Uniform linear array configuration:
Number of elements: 8
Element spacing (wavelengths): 0.25
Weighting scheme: uniform
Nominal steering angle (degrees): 45
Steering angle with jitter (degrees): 44.13
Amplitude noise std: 0.05
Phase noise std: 0.05

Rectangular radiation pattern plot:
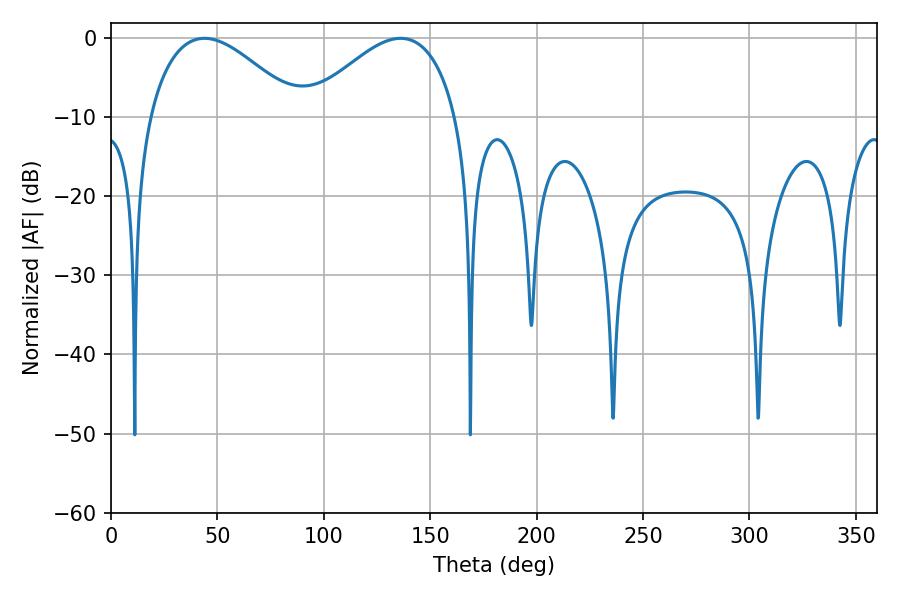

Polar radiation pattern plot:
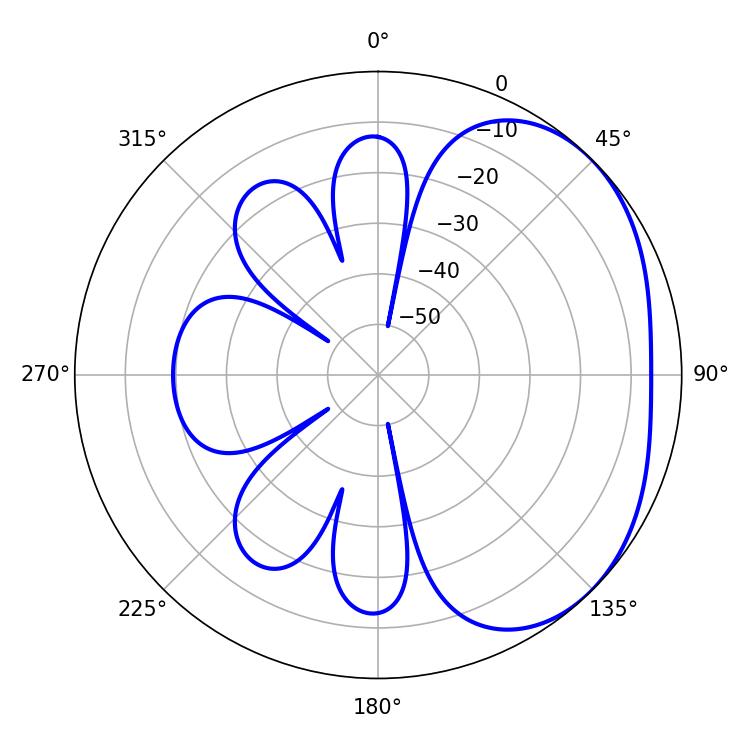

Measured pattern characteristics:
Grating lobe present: FALSE
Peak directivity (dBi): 2.77
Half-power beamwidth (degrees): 38.52
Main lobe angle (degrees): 43.92